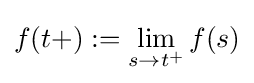
f(t+):=\lim _{s\to t^{+}}f(s)